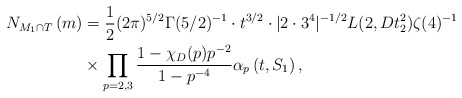
\begin{align*}N_{M_1\cap T}\left(m\right) &= \frac{1}{2}(2\pi)^{5/2}\Gamma(5/2)^{-1}\cdot t^{3/2}\cdot |2\cdot 3^4|^{-1/2}L(2,Dt_2^2)\zeta(4)^{-1}\\&\times\prod_{p = 2, 3}\frac{1 - \chi_D(p)p^{-2}}{1 - p^{-4}}\alpha_p\left(t,S_1\right),\end{align*}